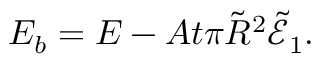
E _ { b } = E - A t \pi \tilde { R } ^ { 2 } \tilde { \mathcal { E } } _ { 1 } .